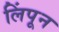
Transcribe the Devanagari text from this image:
लिंपून